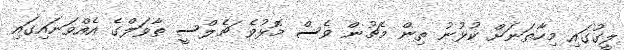
ލީގުގައި މިހާތަނަށް ކުޅުނު ތިން މެޗުން ވެސް މޮޅުވެ ޗެލްސީ ތާވަލްގެ އެއްވަނައިގައި